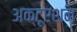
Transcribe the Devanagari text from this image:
अक्टूएशन